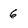
Character: 6